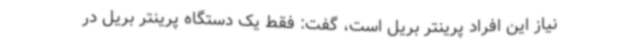
نیاز این افراد پرینتر بریل است، گفت: فقط یک دستگاه پرینتر بریل در